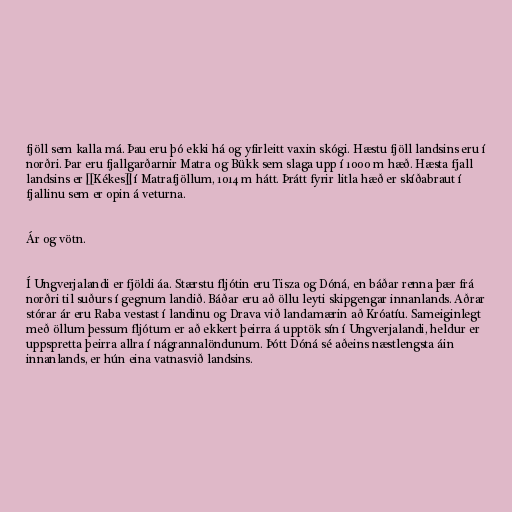
fjöll sem kalla má. Þau eru þó ekki há og yfirleitt vaxin skógi. Hæstu fjöll landsins eru í
norðri. Þar eru fjallgarðarnir Matra og Bükk sem slaga upp í 1000 m hæð. Hæsta fjall
landsins er [[Kékes]] í Matrafjöllum, 1014 m hátt. Þrátt fyrir litla hæð er skíðabraut í
fjallinu sem er opin á veturna.

Ár og vötn.

Í Ungverjalandi er fjöldi áa. Stærstu fljótin eru Tisza og Dóná, en báðar renna þær frá
norðri til suðurs í gegnum landið. Báðar eru að öllu leyti skipgengar innanlands. Aðrar
stórar ár eru Raba vestast í landinu og Drava við landamærin að Króatíu. Sameiginlegt
með öllum þessum fljótum er að ekkert þeirra á upptök sín í Ungverjalandi, heldur er
uppspretta þeirra allra í nágrannalöndunum. Þótt Dóná sé aðeins næstlengsta áin
innanlands, er hún eina vatnasvið landsins.